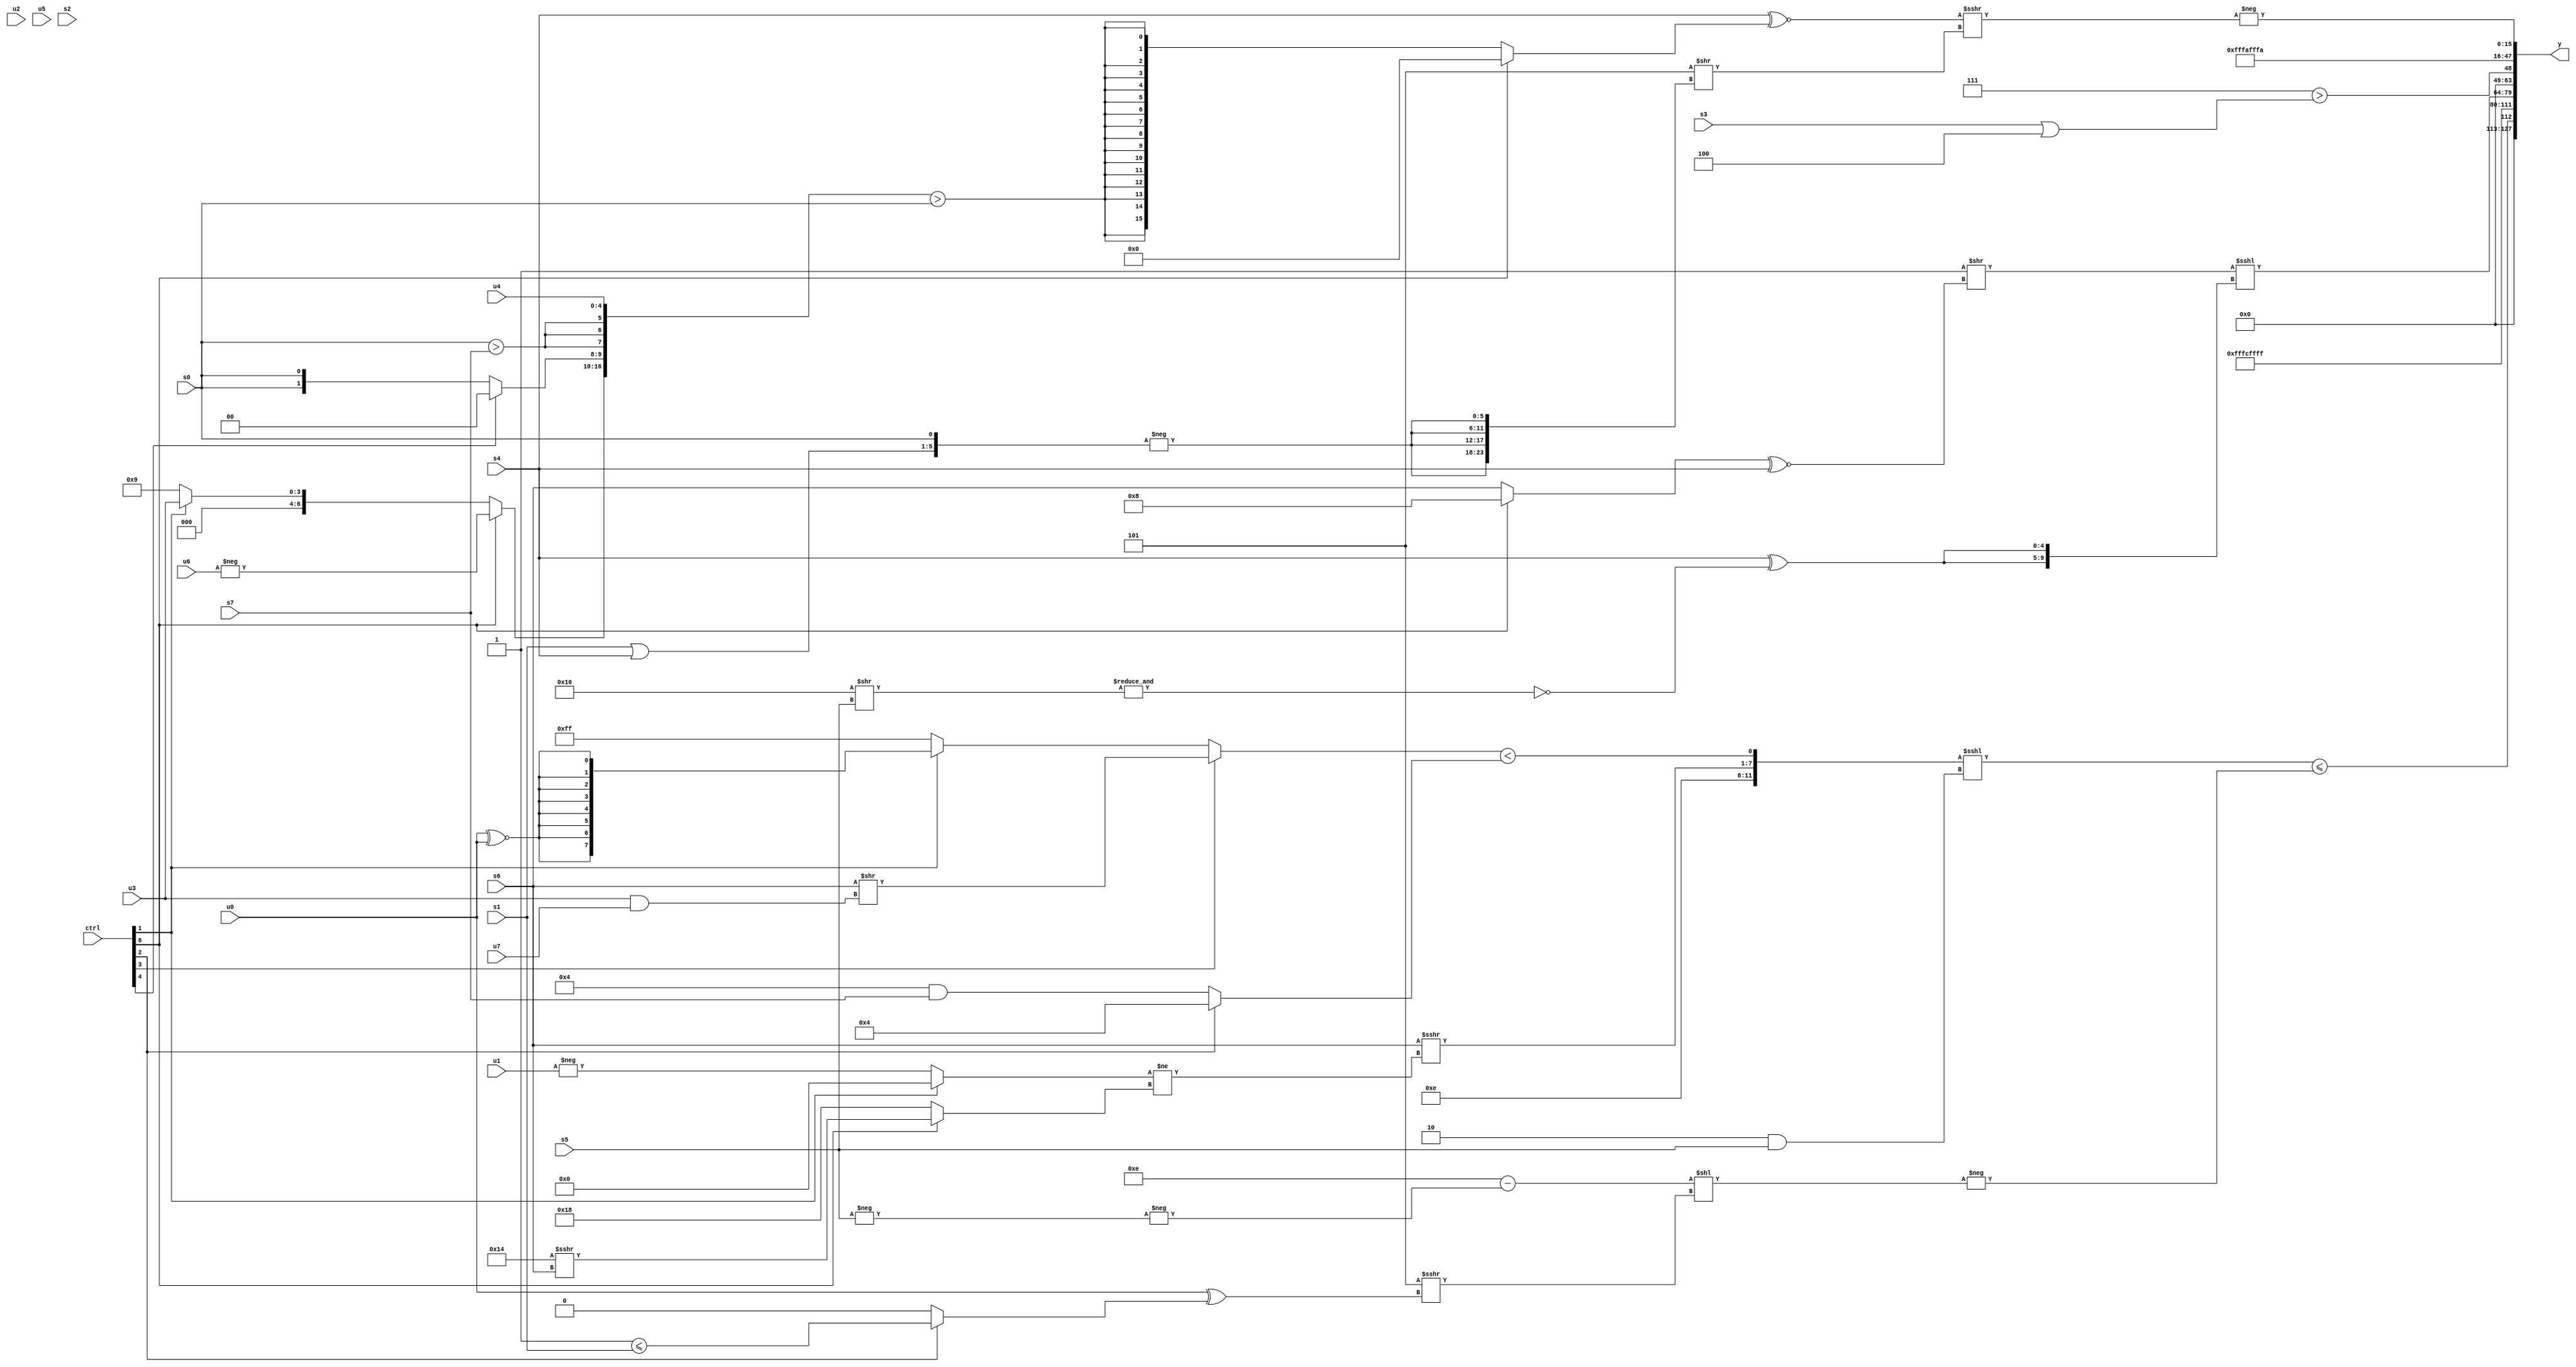
module wideexpr_00578(ctrl, u0, u1, u2, u3, u4, u5, u6, u7, s0, s1, s2, s3, s4, s5, s6, s7, y);
  input [7:0] ctrl;
  input [0:0] u0;
  input [1:0] u1;
  input [2:0] u2;
  input [3:0] u3;
  input [4:0] u4;
  input [5:0] u5;
  input [6:0] u6;
  input [7:0] u7;
  input signed [0:0] s0;
  input signed [1:0] s1;
  input signed [2:0] s2;
  input signed [3:0] s3;
  input signed [4:0] s4;
  input signed [5:0] s5;
  input signed [6:0] s6;
  input signed [7:0] s7;
  output [127:0] y;
  wire [15:0] y0;
  wire [15:0] y1;
  wire [15:0] y2;
  wire [15:0] y3;
  wire [15:0] y4;
  wire [15:0] y5;
  wire [15:0] y6;
  wire [15:0] y7;
  assign y = {y0,y1,y2,y3,y4,y5,y6,y7};
  assign y0 = (({(4'b1110)<<<((3'sb110)&($signed(2'sb00))),(s6)>>>((+((ctrl[1]?(3'sb000)>>(5'sb00110):-(u1))))!=((ctrl[6]?($signed(6'sb010100))>>>({s6}):$unsigned($signed(5'sb11000))))),((ctrl[3]?(s6)>>($signed((u3)&(u7))):(ctrl[1]?$signed((u0)^~(u0)):$signed($signed(1'sb1)))))<((ctrl[2]?4'sb0100:$signed(((2'sb01)<<<(2'sb10))&(s7))))})<<<(((4'sb1001)>>>($signed({1{2'sb10}})))&(+(s5))))<=({-(($signed((6'sb001110)-(-(-(s5)))))<<((5'sb11101)>>>((u0)^((ctrl[2]?(2'sb11)<=(s1):(s2)>>>(5'sb11110))))))});
  assign y1 = $signed(((|((s6)>=(4'sb0001)))>>>($signed((6'sb100100)+(2'b10))))-({3'sb100}));
  assign y2 = 2'sb11;
  assign y3 = ({(|($signed($unsigned(6'sb100101))))>>(((ctrl[6]?+(5'sb01000):$signed(s6)))^~($signed(+(s4))))})<<<({2{(s4)^($signed(~&((6'sb110000)>>(s5))))}});
  assign y4 = $unsigned($signed($signed(($unsigned(5'sb00111))>((s3)|(3'b100)))));
  assign y5 = 4'sb1010;
  assign y6 = 5'sb11010;
  assign y7 = -(((s4)^~((ctrl[6]?3'sb000:$signed(({(ctrl[6]?-(u6):(ctrl[1]?u3:4'sb1001)),+((ctrl[4]?2'sb00:s0)),{3{(s0)>(s7)}},u4})>(s0)))))>>>(($signed(4'sb1101))>>($signed({4{$signed(-({(s1)|(s4),(s0)>>>(5'sb00000)}))}}))));
endmodule